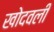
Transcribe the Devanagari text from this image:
खोदवली